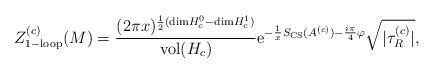
LaTeX: \begin{align*}Z^{(c)}_{\rm 1-loop}(M)= { (2 \pi x)^{ {1\over 2}({\rm dim}H^0_c - {\rm dim}H^1_c )} \over {\rm vol} (H_c)} {\rm e}^{-{1 \over x} S_{\rm CS}(A^{(c)}) -{i \pi \over 4}\varphi} {\sqrt {| \tau^{(c)}_R|}},\end{align*}